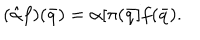
( \hat { \alpha } f ) ( \bar { q } ) = \alpha [ \pi ( \bar { q } ] f ( \bar { q } ) .